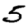
Digit: 5